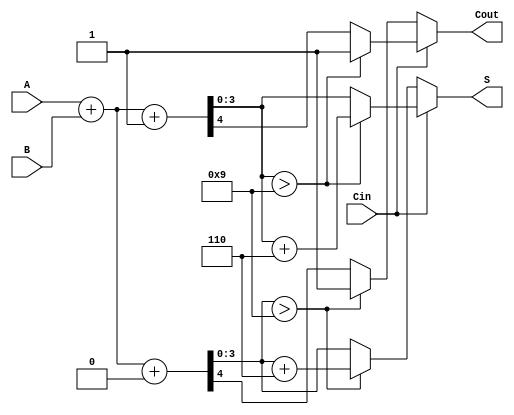
module BCD_MCSA (
    input [3:0] A,     // BCD digit A
    input [3:0] B,     // BCD digit B
    input Cin,         // Carry-in bit
    output reg [3:0] S, // BCD sum
    output reg Cout      // Carry-out bit
);

// Internal signals for sums and carry-outs with Cin = 0 and Cin = 1
wire [3:0] S0, S1;     // Preliminary sums
wire C0, C1;           // Preliminary carry-outs

// Add A, B with Cin = 0
assign {C0, S0} = A + B + 4'b0000; // Path assuming Cin = 0

// Add A, B with Cin = 1
assign {C1, S1} = A + B + 4'b0001; // Path assuming Cin = 1

// Select correct sum and carry based on Cin
always @(*) begin
    if (Cin == 0) begin
        // Check for BCD validity for S0
        if (S0 > 4'b1001) begin
            S = S0 + 4'b0110; // Apply BCD correction
            Cout = 1;         // Set carry-out
        end else begin
            S = S0;           // No correction needed
            Cout = C0;       // Carry-out from addition
        end
    end else begin
        // Check for BCD validity for S1
        if (S1 > 4'b1001) begin
            S = S1 + 4'b0110; // Apply BCD correction
            Cout = 1;         // Set carry-out
        end else begin
            S = S1;           // No correction needed
            Cout = C1;       // Carry-out from addition
        end
    end
end

endmodule